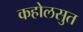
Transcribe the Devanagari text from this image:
कहोलसुत